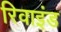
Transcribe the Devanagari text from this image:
रिवाइंड